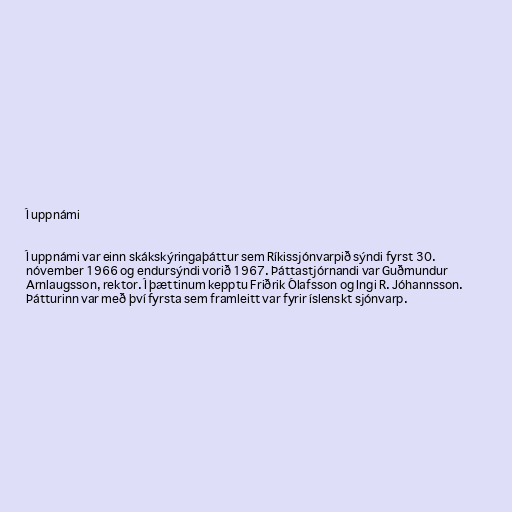
Í uppnámi

Í uppnámi var einn skákskýringaþáttur sem Ríkissjónvarpið sýndi fyrst 30.
nóvember 1966 og endursýndi vorið 1967. Þáttastjórnandi var Guðmundur
Arnlaugsson, rektor. Í þættinum kepptu Friðrik Ólafsson og Ingi R. Jóhannsson.
Þátturinn var með því fyrsta sem framleitt var fyrir íslenskt sjónvarp.